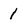
Character: 1